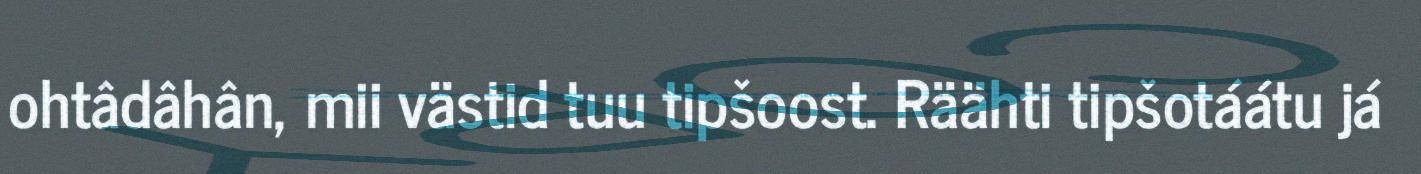
ohtâdâhân, mii västid tuu tipšoost. Räähti tipšotáátu já